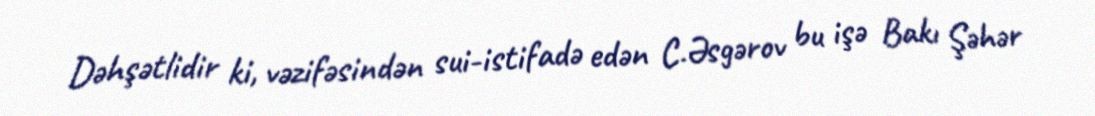
Dəhşətlidir ki, vəzifəsindən sui-istifadə edən C.Əsgərov bu işə Bakı Şəhər